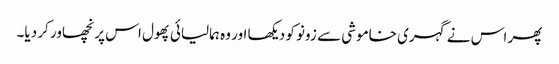
پھر اس نے گہری خاموشی سے زونو کو دیکھا اور وہ ہمالیائی پھول اس پر نچھاور کر دیا۔